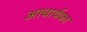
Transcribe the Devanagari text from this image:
अाचार्यका